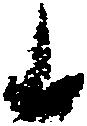
候